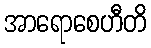
အာရောစေဟီတိ